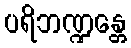
ပရိဘဏ္ဍန္တေ